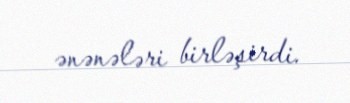
ənənələri birləşirdi.